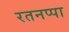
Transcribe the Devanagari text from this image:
रतनप्पा